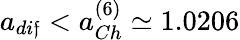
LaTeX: a_{di\mathfrak{f}}<a_{Ch}^{(6)}\simeq1.0206